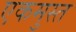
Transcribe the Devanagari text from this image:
एकमुस्त